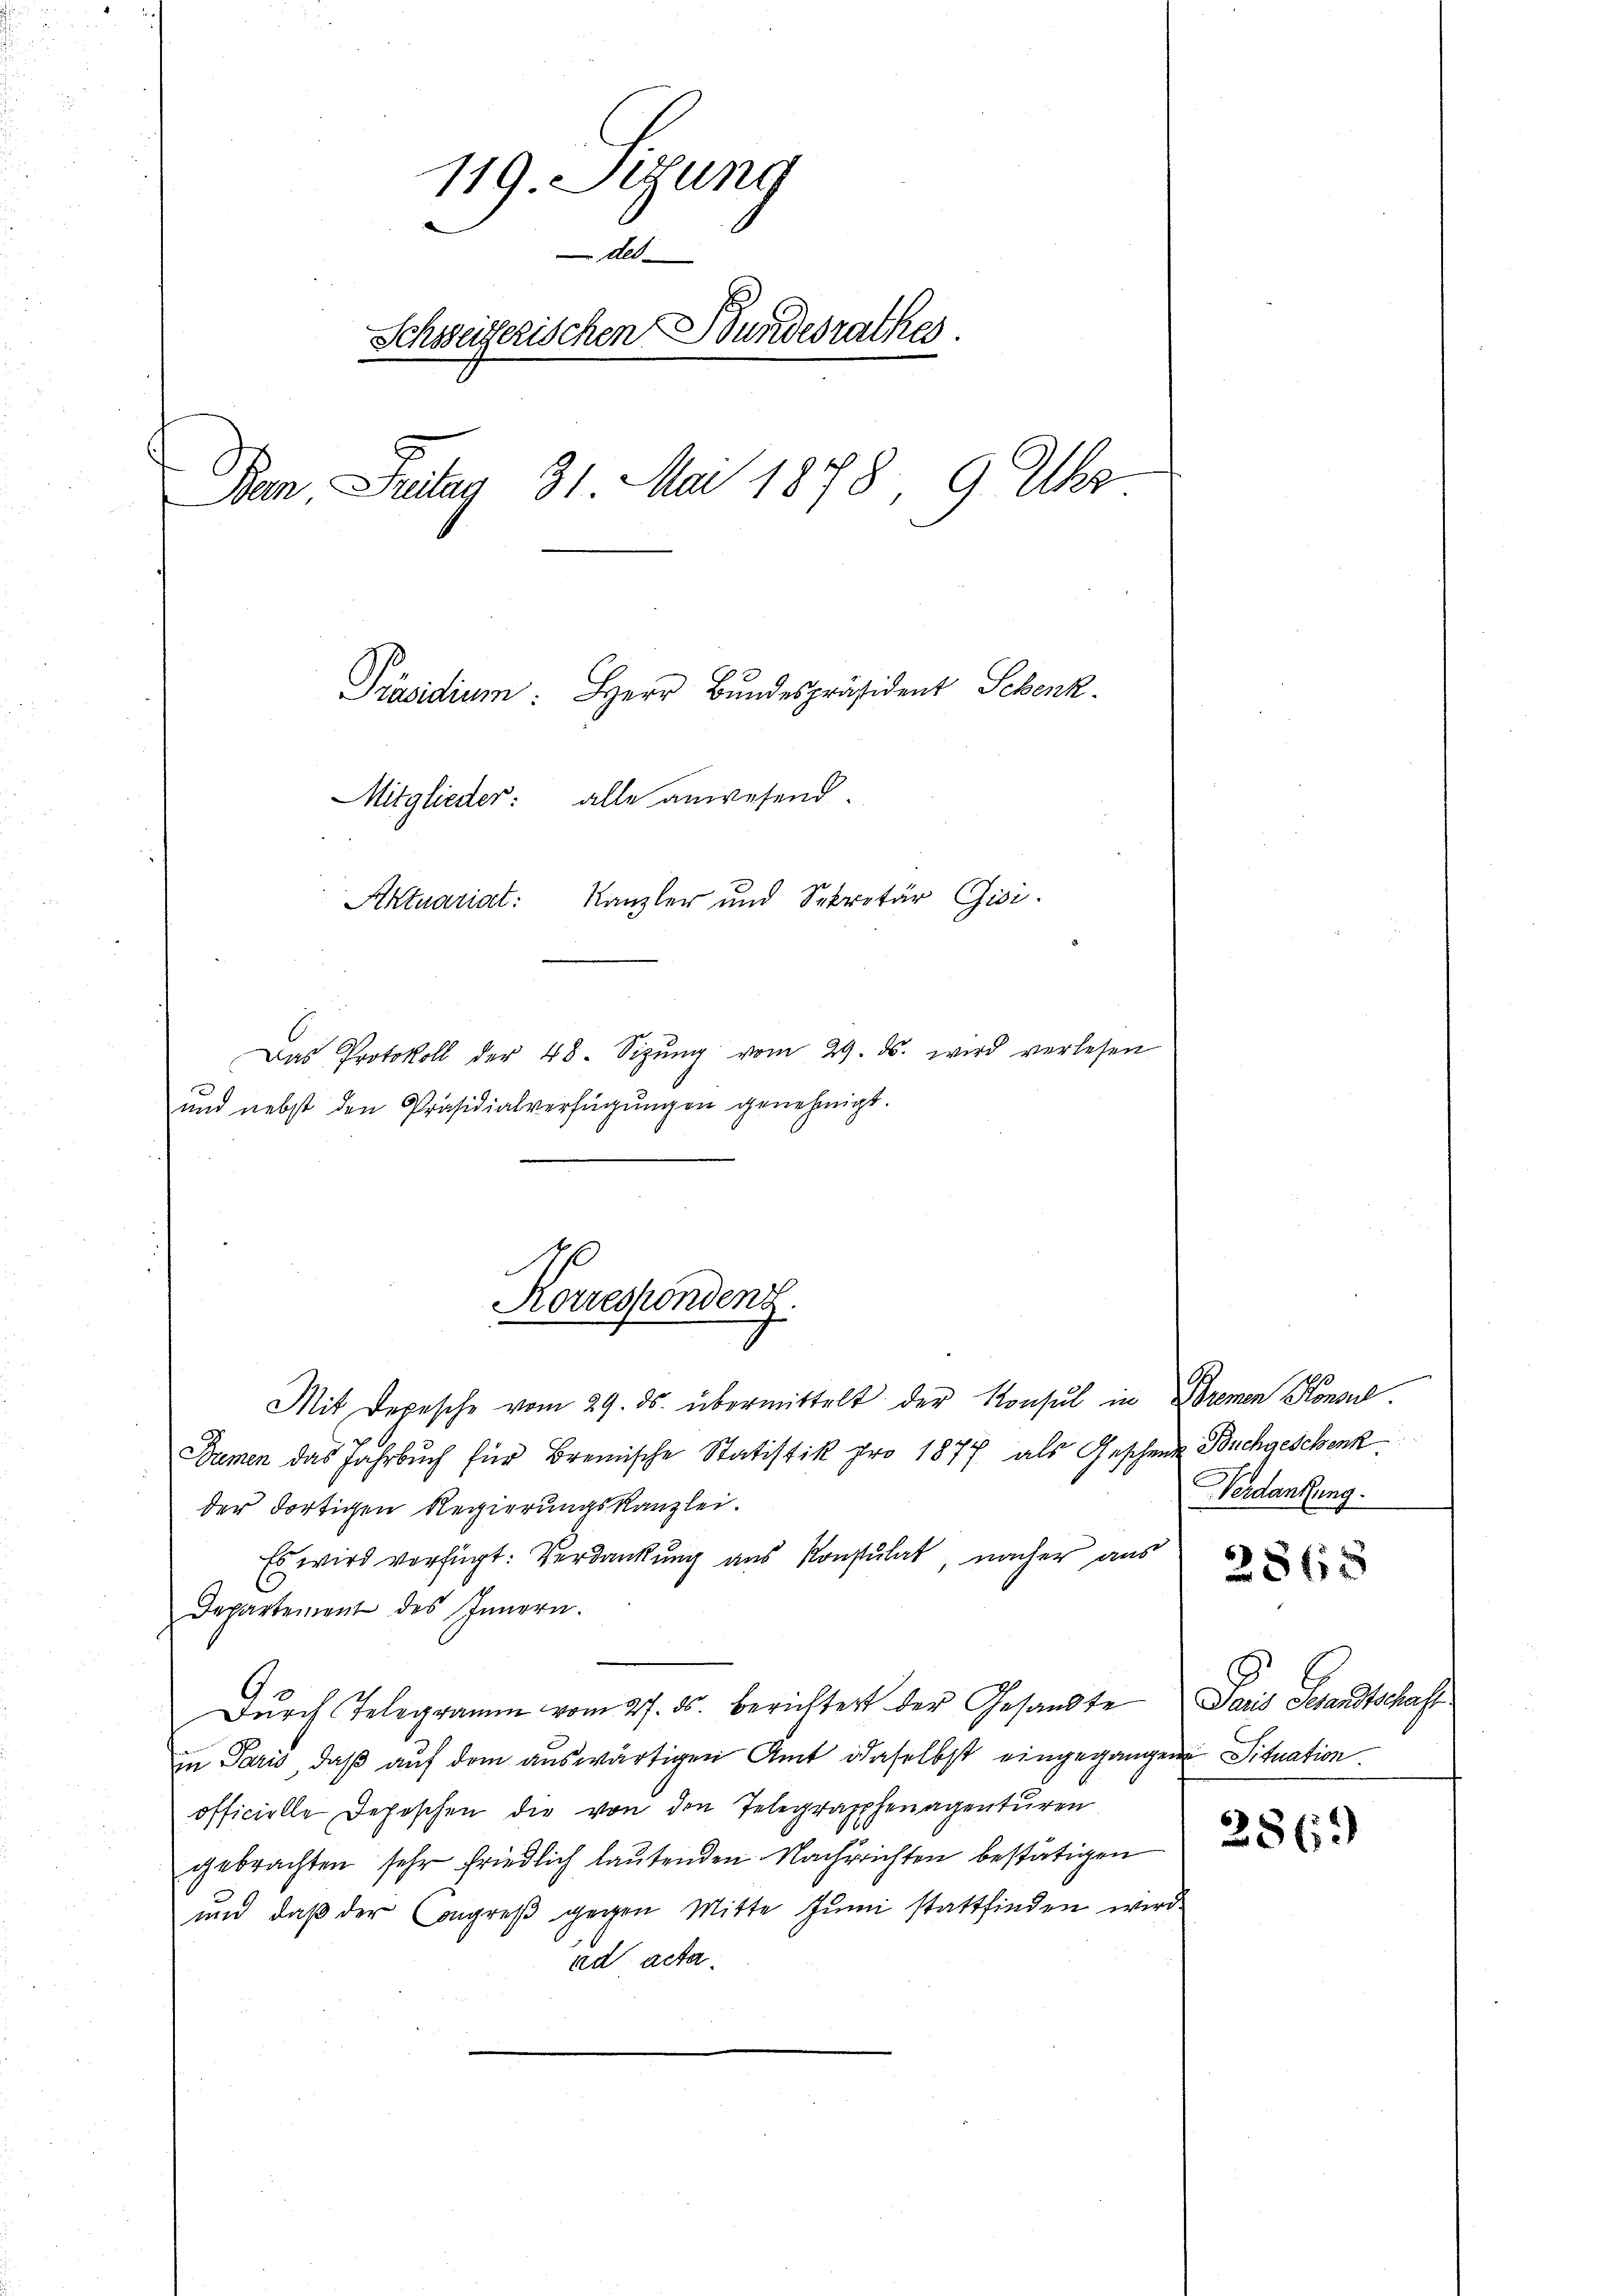
119. Sizung
des
Schweizerischen Bundesrathes.
Ban Fritag 31. Mai 1878, 9 Uhr
Präsidium: Herr Bundespräsident Schenk.
Mitglieder: alle anwesend.
Aktuariat Kanzler und Sekretär Gisi
Das Protokoll der 48. Sizŭng vom 29. ds. wird verlesen

1
Korrespondenz.

und nebst den Präsidialverfügŭngen genehmigt.
Mit Depesche vom 29. ds. übermittelt der Konsul in Bremen Konsul
Damen das Jahrbuch für Bremische Statistik pro 1877 als Geschen Buchgeschenk
der dortigen Regierungskanzlei.
Es wird verfügt: Verdankung aus Konsulat, nacher aus
Departement des Innern.
Durch Telegramm vom 27. ds. berichtert der Gesandte
in Paris, daß auf dem auswärtigen Amt daselbst eingegangen Situation.
officielle Depeschen die von den Telegraphenagenturen
gebrachten sehr friedlich lautenden Nachrichten bestätigen
und daß der Congreß gegen Mitte Juni stattfinden wird.
ad acta.

Verdankung.

2865

Paris Standtschaft.

286)